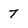
Character: 7